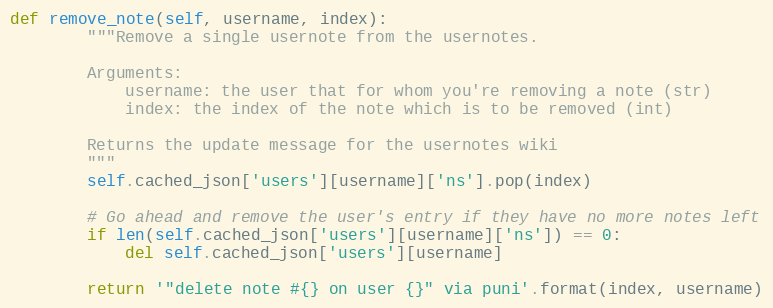
Language: Python
def remove_note(self, username, index):
        """Remove a single usernote from the usernotes.

        Arguments:
            username: the user that for whom you're removing a note (str)
            index: the index of the note which is to be removed (int)

        Returns the update message for the usernotes wiki
        """
        self.cached_json['users'][username]['ns'].pop(index)

        # Go ahead and remove the user's entry if they have no more notes left
        if len(self.cached_json['users'][username]['ns']) == 0:
            del self.cached_json['users'][username]

        return '"delete note #{} on user {}" via puni'.format(index, username)